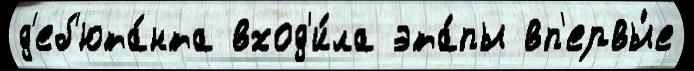
д'еб'юта́нта вход'и́ла эта́пы вп'ервы́е